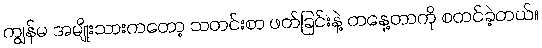
ကျွန်မ အမျိုးသားကတော့ သတင်းစာ ဖတ်ခြင်းနဲ့ တနေ့တာကို စတင်ခဲ့တယ်။